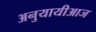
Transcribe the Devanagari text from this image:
अनुयायीआज